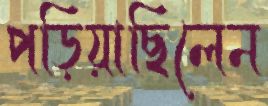
পড়িয়াছিলেন